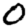
Digit: 0